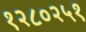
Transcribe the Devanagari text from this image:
१२८०२५१